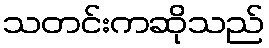
သတင်းကဆိုသည်